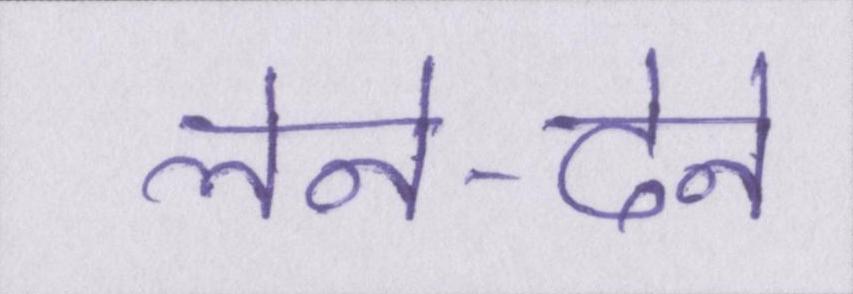
लेने-देने